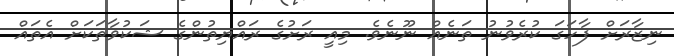
ނިޒާރަށް ފާހަގަ ކުރެވުނު ތަނެއް ނޫނެވެ. މިއީ ރަށުގެ ރައްޔިތުންގެ ޝަކުވާތަކަށް އެތައް